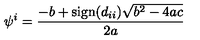
\psi ^ { i } = \frac { - b + \mathrm { s i g n } ( d _ { i i } ) \sqrt { b ^ { 2 } - 4 a c } } { 2 a }